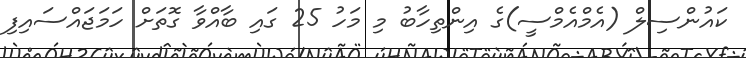
ކައުންސިލް (އެމްއެމްސީ)ގެ އިންތިހާބު މި މަހު 25 ގައި ބާއްވާ ގޮތަށް ހަމަޖައްސައިފި